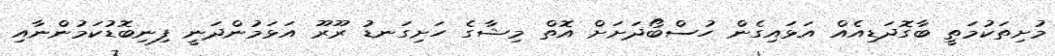
މުށިތަކުމަތީ ބާގޮދަޑިއެއް އަޅައިގެން ހުސްބޯދަށަށް އޮތް މިޝާގެ ހަށިގަނޑު ރޫރޫ އަޅަމުންދަނީ ފިނިބޮޑުކަމުންނާއި